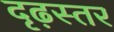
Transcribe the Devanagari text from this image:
दृढ़स्तर